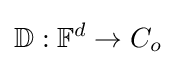
\mathbb {D} :\mathbb {F} ^{d}\rightarrow C_{o}